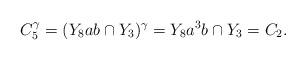
LaTeX: \begin{align*}C_5^{\gamma}=(Y_8ab\cap Y_3)^{\gamma}=Y_8a^3b\cap Y_3=C_2.\end{align*}